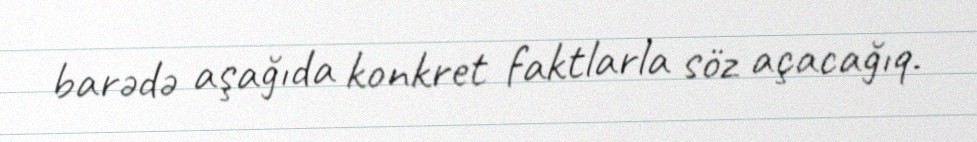
barədə aşağıda konkret faktlarla söz açacağıq.